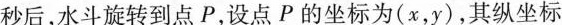
秒后，水斗旋转到点P，设点P的坐标为(x，y)，其纵坐标